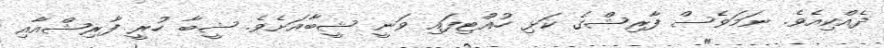
ދެއްކިއެވެ. ނަމަވެސް ފާރިޝްގެ ކަޅި ހުއްޓިފައި ވަނީ ޝީބާއަށެވެ. ޝީބާ ހުރީ ފާރިޝްއާއި